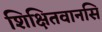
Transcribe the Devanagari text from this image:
शिक्षितवानसि